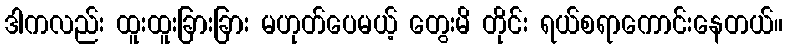
ဒါကလည်း ထူးထူးခြားခြား မဟုတ်ပေမယ့် တွေးမိ တိုင်း ရယ်စရာကောင်းနေတယ်။